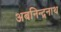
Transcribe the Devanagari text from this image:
अबनिन्द्रनाथ